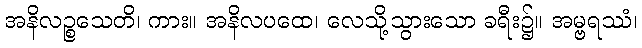
အနိလဉ္စသေတိ၊ ကား။ အနိလပထေ၊ လေသို့သွားသော ခရီး၌။ အမ္ဗရဿံ၊